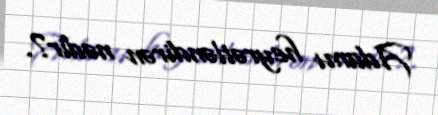
Adamı heyrətləndirən nədir?.